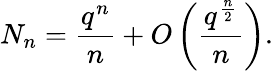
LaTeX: N_{n}={\frac{q^{n}}{n}}+O\left({\frac{q^{\frac{n}{2}}}{n}}\right).